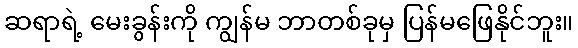
ဆရာရဲ့ မေးခွန်းကို ကျွန်မ ဘာတစ်ခုမှ ပြန်မဖြေနိုင်ဘူး။